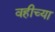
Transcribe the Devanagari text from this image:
वहीच्या